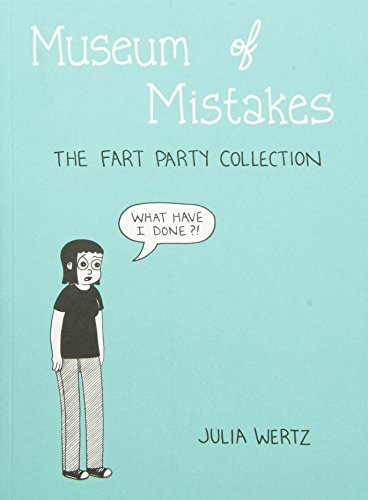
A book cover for Museum of Mistakes: The Fart Party Collection; Julia Wertz; Comics & Graphic Novels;